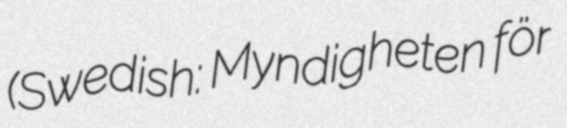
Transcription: (Swedish: Myndigheten för